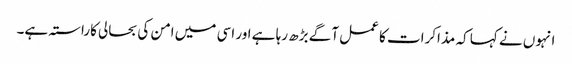
انہوں نے کہا کہ مذاکرات کا عمل آگے بڑھ رہا ہے اور اسی میں امن کی بحالی کاراستہ ہے۔